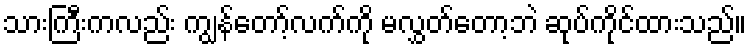
သားကြီးကလည်း ကျွန်တော့်လက်ကို မလွှတ်တော့ဘဲ ဆုပ်ကိုင်ထားသည်။